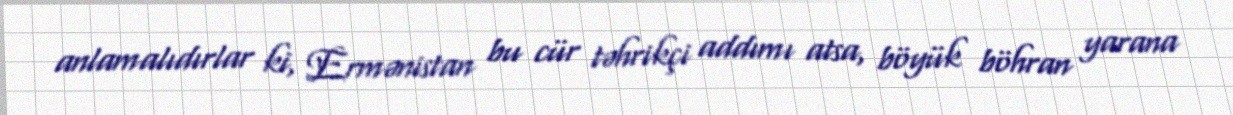
anlamalıdırlar ki, Ermənistan bu cür təhrikçi addımı atsa, böyük böhran yarana